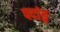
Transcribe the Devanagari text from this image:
पदांङ्ग